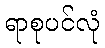
ရာစုပင်လုံ